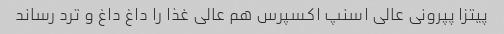
پیتزا پپرونی عالی اسنپ اکسپرس هم عالی غذا را داغ داغ و ترد رساند